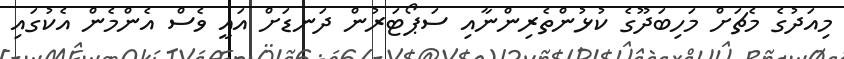
މިއަދުގެ މެޗަށް މަހިބަދޫގެ ކުޅުންތެރިންނާއި ސަޕޯޓަރުން ދަނޑަށް އައީ ވެސް އެންމެން އެކުގައި